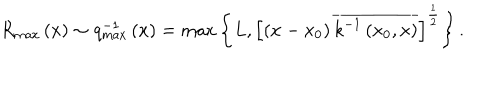
LaTeX: R _ { \max } \left( x \right) \sim q _ { \max } ^ { - 1 } \left( x \right) = \max \left\{ L , \left[ \left( x - x _ { 0 } \right) \overline { { { k ^ { - 1 } \left( x _ { 0 } , x \right) } } } \right] ^ { \frac 1 2 } \right\} .